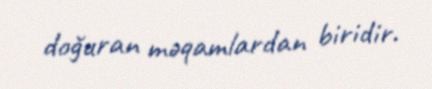
doğuran məqamlardan biridir.